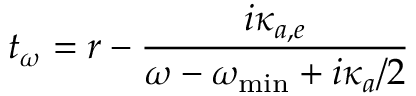
t _ { \omega } = r - \frac { i \kappa _ { a , e } } { \omega - \omega _ { \mathrm { { m i n } } } + i \kappa _ { a } / 2 }